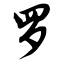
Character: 罗